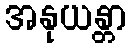
အနုယန္တာ